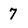
Character: 7